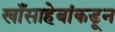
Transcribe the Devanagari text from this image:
खाँसाहेबांकडून